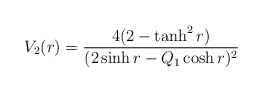
\begin{align*}V_2(r)=\frac{4(2-\tanh^2{r})}{(2\sinh{r}-Q_1\cosh{r})^2}\end{align*}